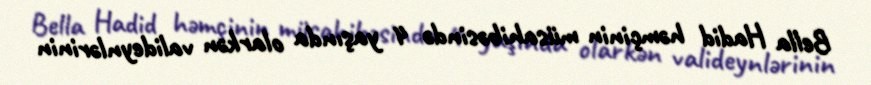
Bella Hadid həmçinin müsahibəsində 4 yaşında olarkən valideynlərinin